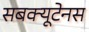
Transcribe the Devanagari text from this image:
सबक्यूटेनस